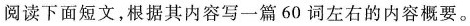
阅读下面短文,根据其内容写一篇 60 词左右的内容概要。